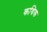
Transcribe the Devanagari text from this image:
कथिक